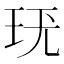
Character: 𤤞